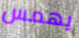
يهمس